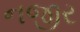
નજીર